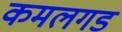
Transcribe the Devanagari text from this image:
कमलगड